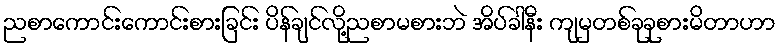
ညစာကောင်းကောင်းစားခြင်း ပိန်ချင်လို့ညစာမစားဘဲ အိပ်ခါနီး ကျမှတစ်ခုခုစားမိတာဟာ